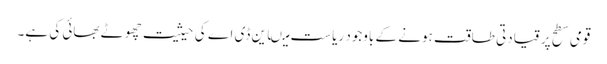
قومی سطح پر قیادتی طاقت ہونے کے باوجود ریاست میںاین ڈی اے کی حیثیت چھوٹے بھائی کی ہے۔